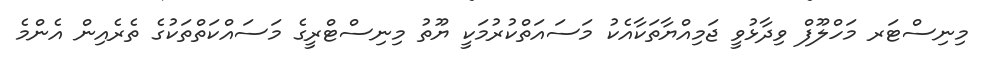
މިނިސްޓަރ މަހްލޫފް ވިދާޅުވީ ޖަމިއްޔާތަކާއެކު މަސައަތްކުރުމަކީ ޔޫތު މިނިސްޓްރީގެ މަސައްކަތްތަކުގެ ތެރެއިން އެންމެ